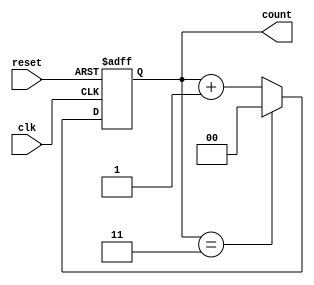
module mod_n_counter #(parameter N = 4) (
    input wire clk,          // Clock input
    input wire reset,        // Asynchronous reset
    output reg [k-1:0] count // Counter output
);
    // Calculate the number of flip-flops needed
    localparam k = $clog2(N); // Number of bits needed for the counter

    always @(posedge clk or posedge reset) begin
        if (reset) begin
            count <= 0; // Reset the counter to 0
        end else begin
            if (count == N-1) begin
                count <= 0; // Reset to 0 after reaching N-1
            end else begin
                count <= count + 1; // Increment the counter
            end
        end
    end
endmodule